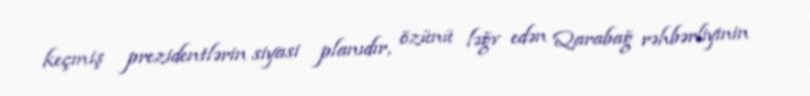
keçmiş prezidentlərin siyasi planıdır, özünü ləğv edən Qarabağ rəhbərliyinin